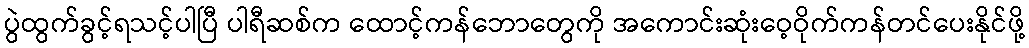
ပွဲထွက်ခွင့်ရသင့်ပါပြီ ပါရီဆစ်က ထောင့်ကန်ဘောတွေကို အကောင်းဆုံးဝေ့ဝိုက်ကန်တင်ပေးနိုင်ဖို့